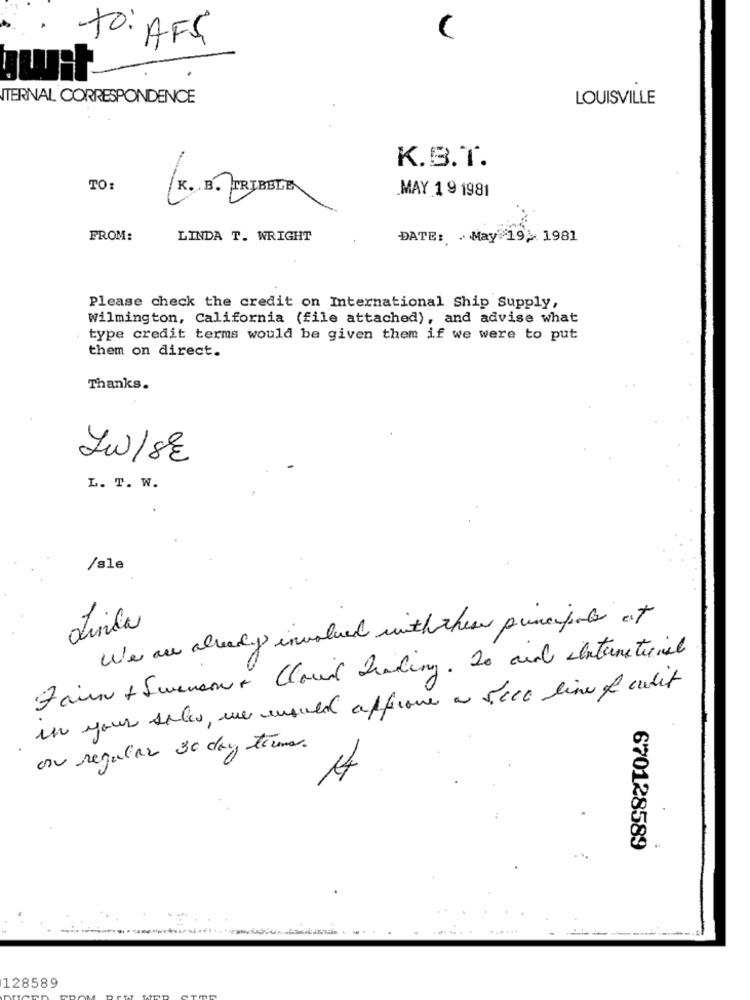
to: AFS
Iwit
TERNAL CORRESPONDENCE
LOUISVILLE
K.B.T.
TO:
K. B. TRIBBLE
MAY 1 9 1981
FROM:
LINDA T. WRIGHT
DATE: . May 19, 1981
Please check the credit on International Ship Supply,
Wilmington, California (file attached), and advise what
type credit terms would be given them if we were to put
them on direct.
Thanks.
Jw/8€
L. T. W.
/sle
We are already involved with these principale at
Linda
Fair + Swenson+ Cloud Reading. 20 and International
in your sales, we would afficome a seco line of audit
on regular 30 day time.
4
670128589
128589